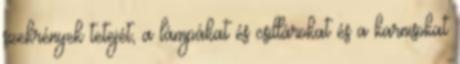
szekrények tetejét, a lámpákat és csillárokat és a karnisokat